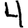
Digit: 4